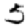
Digit: 5